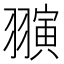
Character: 𬚈